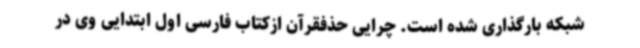
شبکه بارگذاری شده است. چرایی حذفقرآن ازکتاب فارسی اول ابتدایی وی در